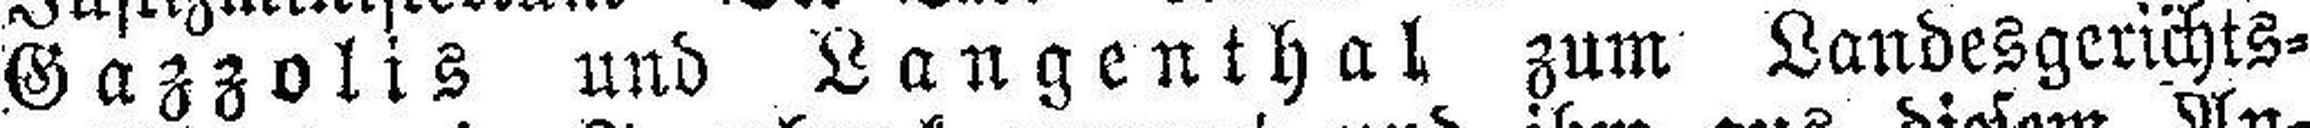
Gazzolis und Langenthal zum Landesgerichts¬